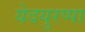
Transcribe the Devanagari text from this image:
येदयुरप्पा